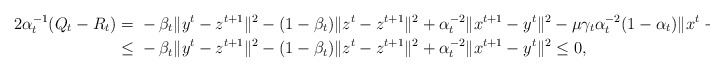
\begin{align*}2\alpha_t^{-1}(Q_t-R_t)=\ &-\beta_t\|y^t-z^{t+1}\|^2-(1-\beta_t)\|z^t-z^{t+1}\|^2+\alpha_t^{-2}\|x^{t+1}-y^t\|^2-\mu\gamma_t\alpha_t^{-2}(1-\alpha_t)\|x^t-y^t\|^2\\\le \ &-\beta_t\|y^t-z^{t+1}\|^2-(1-\beta_t)\|z^t-z^{t+1}\|^2+\alpha_t^{-2}\|x^{t+1}-y^t\|^2 \leq0,\end{align*}